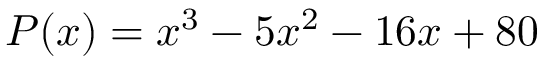
P ( x ) = x ^ { 3 } - 5 x ^ { 2 } - 1 6 x + 8 0